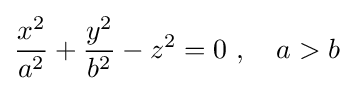
{\frac {x^{2}}{a^{2}}}+{\frac {y^{2}}{b^{2}}}-z^{2}=0\ ,\quad a>b\